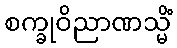
စက္ခုဝိညာဏသ္မိံ